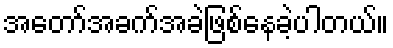
အတော်အခက်အခဲဖြစ်နေခဲ့ပါတယ်။